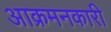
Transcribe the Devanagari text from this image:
आक्रमनकारी